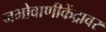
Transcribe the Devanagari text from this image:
नभोवाणीकेंद्रावर